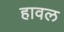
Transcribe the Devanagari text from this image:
हावल